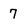
Character: 7